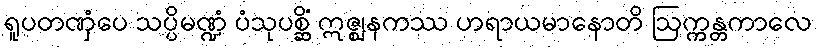
ရူပတဏှံပေ သပ္ပိမဏ္ဍံ ပံသုပစ္ဆိံ ဣဇ္ဈနကဿ ဟရာယမာနောတိ ဩက္ကန္တကာလေ